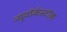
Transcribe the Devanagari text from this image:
न्यूयॉर्कस्टॉक